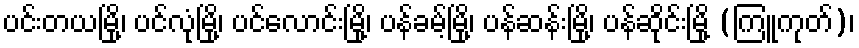
ပင်းတယမြို့၊ ပင်လုံမြို့၊ ပင်လောင်းမြို့၊ ပန်ခမ့်မြို့၊ ပန်ဆန်းမြို့၊ ပန်ဆိုင်းမြို့ (ကြူကုတ်)၊